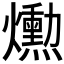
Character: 𤑕